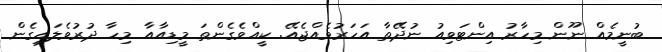
ބުނީމެއް ނޫން މިހާރު އިންޓަވިއު ނުދޭތާ އަހަރުވެއްޖެއޭ. ކީއްވެގެންތަ މީޑިއާއާ މިހާ ދުރުވެލައިގެން